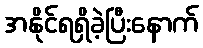
အနိုင်ရရှိခဲ့ပြီးနောက်